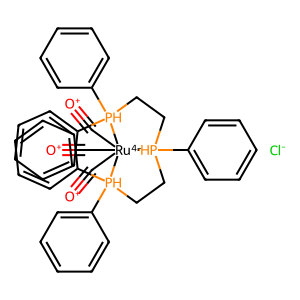
SMILES: [Cl-].[O+]#C[Ru-4]12(C#[O+])(C#[O+])[PH](c3ccccc3)(CC[PH]1(c1ccccc1)c1ccccc1)CC[PH]2(c1ccccc1)c1ccccc1
Inhibits HIV replication: No